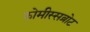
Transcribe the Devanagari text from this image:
कोमीस्सब्रोट